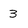
Character: 3